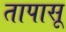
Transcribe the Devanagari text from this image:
तापासू